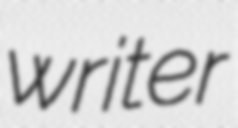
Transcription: writer